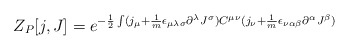
\begin{align*}Z_{P}[j,J] = e^{-\frac {1}{2}\int(j_\mu + \frac{1}{m}\epsilon_ {\mu \lambda \sigma}\partial^{\lambda}J^{\sigma})C^{\mu \nu}(j_\nu + \frac{1}{m}\epsilon_{\nu \alpha \beta}\partial^{\alpha}J^\beta)}\end{align*}